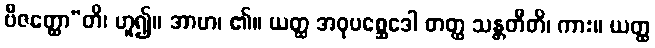
ဗီဇတ္ထော”တိ၊ ဟူ၍။ အာဟ၊ ၏။ ယတ္ထ အဝုပစ္ဆေဒေါ တတ္ထ သန္တတီတိ၊ ကား။ ယတ္ထ